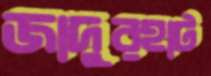
জাদুরহাট